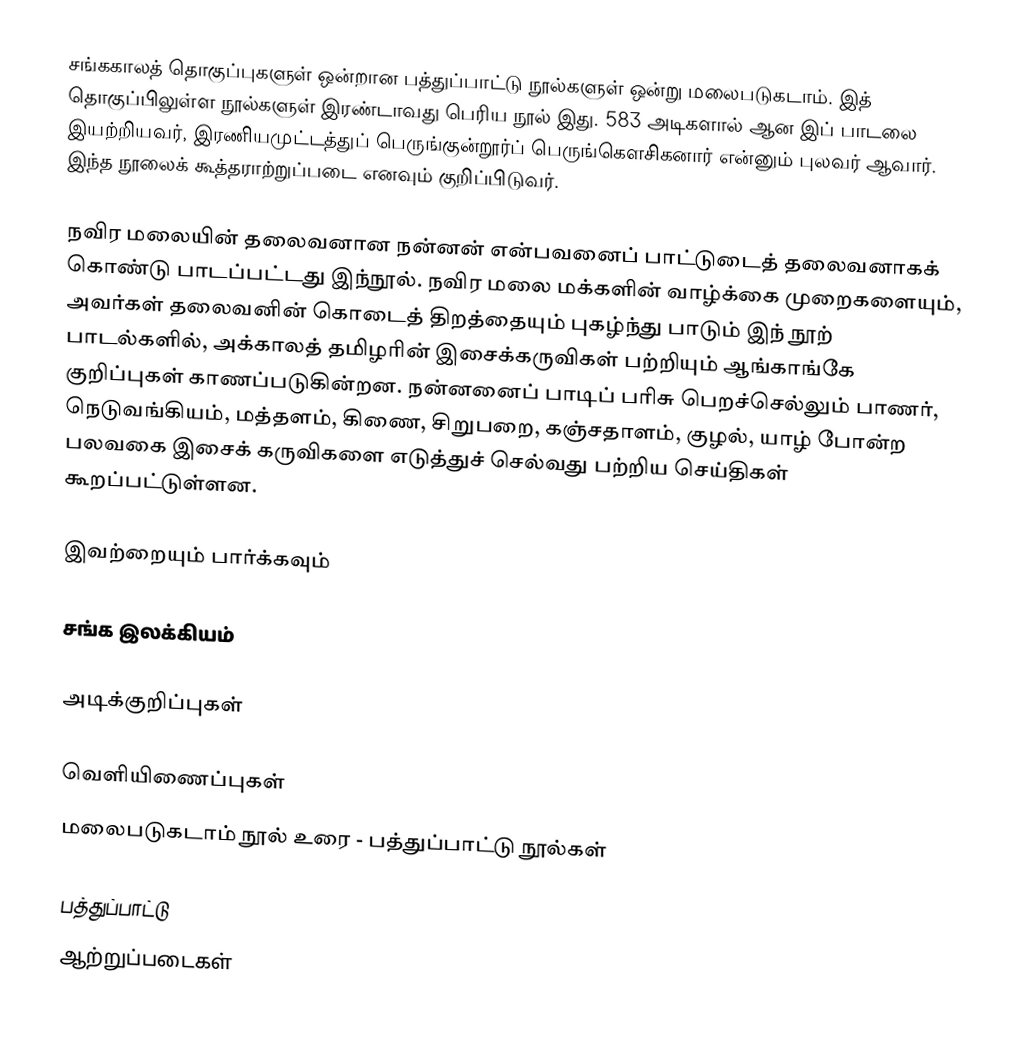
சங்ககாலத் தொகுப்புகளுள் ஒன்றான பத்துப்பாட்டு நூல்களுள் ஒன்று மலைபடுகடாம். இத் தொகுப்பிலுள்ள நூல்களுள் இரண்டாவது பெரிய நூல் இது. 583 அடிகளால் ஆன இப் பாடலை இயற்றியவர், இரணியமுட்டத்துப் பெருங்குன்றூர்ப் பெருங்கௌசிகனார் என்னும் புலவர் ஆவார். இந்த நூலைக் கூத்தராற்றுப்படை எனவும் குறிப்பிடுவர்.

நவிர மலையின் தலைவனான நன்னன் என்பவனைப் பாட்டுடைத் தலைவனாகக் கொண்டு பாடப்பட்டது இந்நூல். நவிர மலை மக்களின் வாழ்க்கை முறைகளையும், அவர்கள் தலைவனின் கொடைத் திறத்தையும் புகழ்ந்து பாடும் இந் நூற் பாடல்களில், அக்காலத் தமிழரின் இசைக்கருவிகள் பற்றியும் ஆங்காங்கே குறிப்புகள் காணப்படுகின்றன. நன்னனைப் பாடிப் பரிசு பெறச்செல்லும் பாணர், நெடுவங்கியம், மத்தளம், கிணை, சிறுபறை, கஞ்சதாளம், குழல், யாழ் போன்ற பலவகை இசைக் கருவிகளை எடுத்துச் செல்வது பற்றிய செய்திகள் கூறப்பட்டுள்ளன.

இவற்றையும் பார்க்கவும்

 சங்க இலக்கியம்

அடிக்குறிப்புகள்

வெளியிணைப்புகள்
மலைபடுகடாம் நூல் உரை - பத்துப்பாட்டு நூல்கள்

பத்துப்பாட்டு
ஆற்றுப்படைகள்